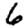
Digit: 6